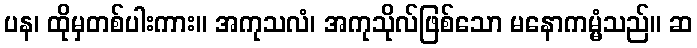
ပန၊ ထိုမှတစ်ပါးကား။ အကုသလံ၊ အကုသိုလ်ဖြစ်သော မနောကမ္မံသည်။ ဆ